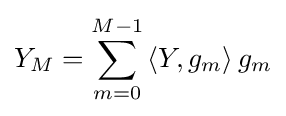
Y_{M}=\sum _{m=0}^{M-1}\left\langle Y,g_{m}\right\rangle g_{m}